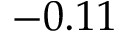
- 0 . 1 1